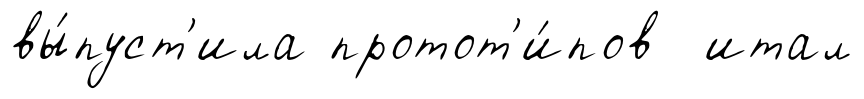
вы́пуст'ила протот'и́пов итал